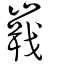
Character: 嶯